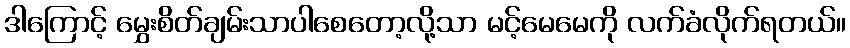
ဒါကြောင့် မွှေးစိတ်ချမ်းသာပါစေတော့လို့သာ မင့်မေမေကို လက်ခံလိုက်ရတယ်။